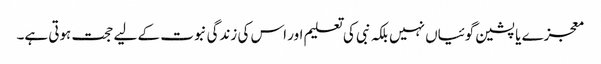
معجزے یا پشین گوئیاں نہیں بلکہ نبی کی تعلیم اور اس کی زندگی نبوت کے لیے حجت ہوتی ہے۔